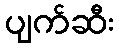
ပျက်ဆီး